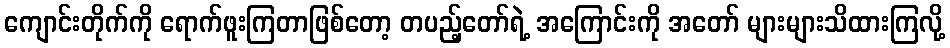
ကျောင်းတိုက်ကို ရောက်ဖူးကြတာဖြစ်တော့ တပည့်တော်ရဲ့ အကြောင်းကို အတော် များများသိထားကြလို့